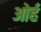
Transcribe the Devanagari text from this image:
ओर्ह